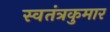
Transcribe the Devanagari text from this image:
स्वतंत्रकुमार